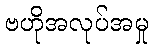
ဗဟိုအလုပ်အမှု